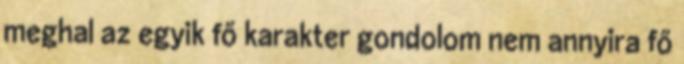
meghal az egyik fő karakter gondolom nem annyira fő